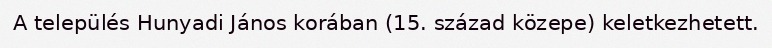
A település Hunyadi János korában (15. század közepe) keletkezhetett.